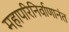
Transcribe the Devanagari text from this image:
महापरिनिर्वाणानंत